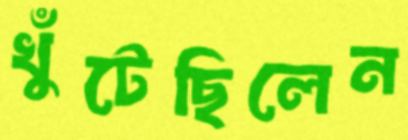
খুঁটেছিলেন